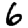
Digit: 6